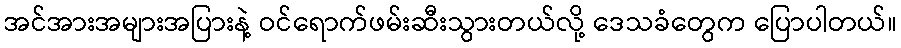
အင်အားအများအပြားနဲ့ ဝင်ရောက်ဖမ်းဆီးသွားတယ်လို့ ဒေသခံတွေက ပြောပါတယ်။